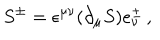
LaTeX: S ^ { \pm } = \epsilon ^ { \mu \nu } ( \partial _ { \mu } S ) e _ { \nu } ^ { \pm } \, ,